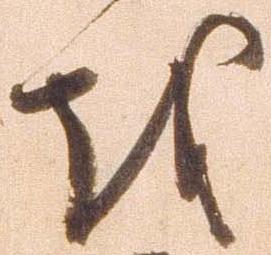
越